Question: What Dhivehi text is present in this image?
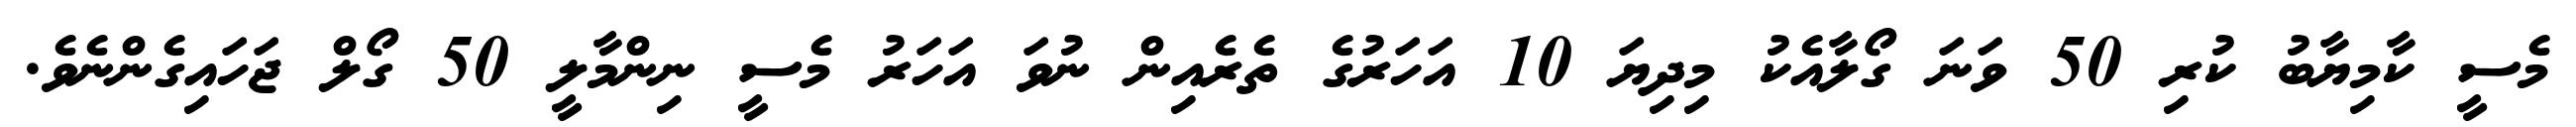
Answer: މެސީ ކާމިޔާބު ކުރި 50 ވަނަ ގޯލާއެކު މިދިޔަ 10 އަހަރުގެ ތެރެއިން ނުވަ އަހަރު މެސީ ނިންމާލީ 50 ގޯލް ޖަހައިގެންނެވެ.